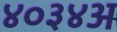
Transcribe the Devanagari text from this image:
४०३४अ